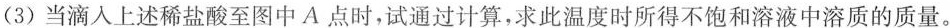
(3)当滴入上述稀盐酸至图中A点时，试通过计算，求此温度时所得不饱和溶液中溶质的质量。